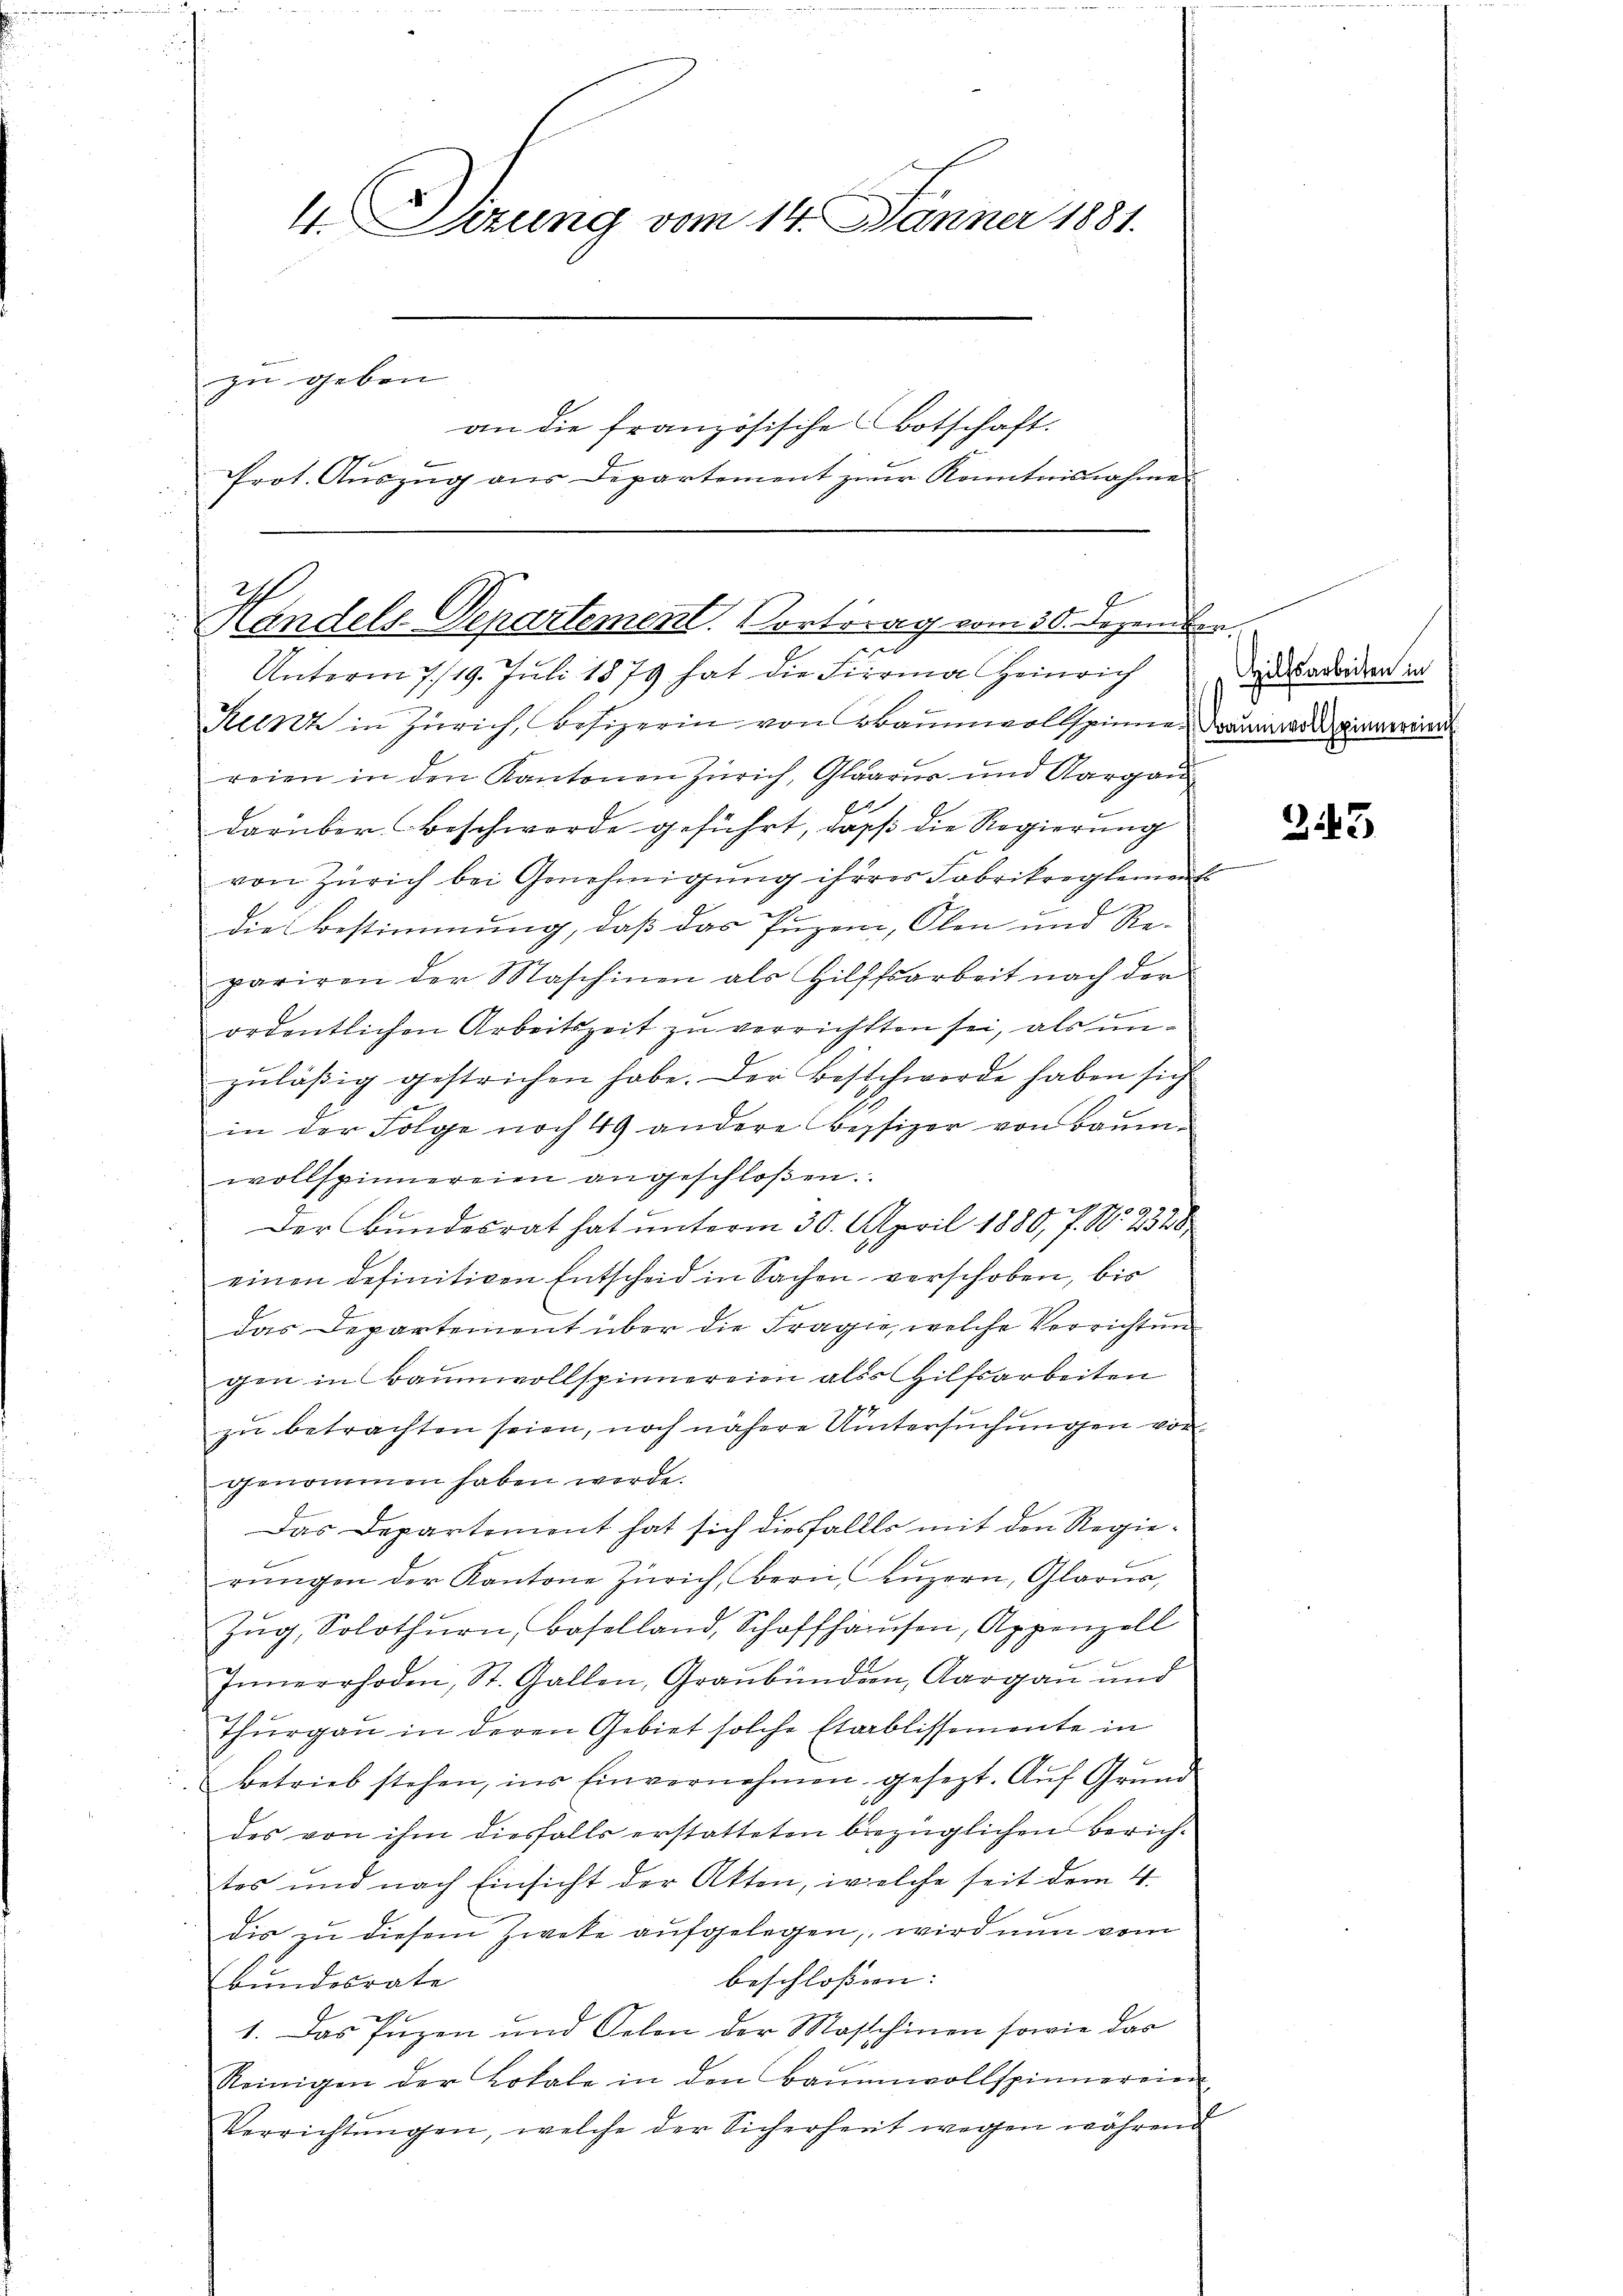
4. Sitzung vom 14. Jänner 1881.
zu geben
an die französische Botschaft.
Prot. Auszug aus Departement zur Kenntnisnahme

I
Mandels-Departement. Vortrag vom 30. Dezen
zu
Unterm 7./19. Juli 1879 hat die Firma Heinrich

Kunz in Zürich, Besizerin von Baumwollspinne Grunddienereien
reien in den Kantonen Zürich, Glarus und Aargau
darüber Beschwerde geführt, dass die Regierung
von Zürich bei Genehmigung ihreres Fabrikreglements
die Bestimmung, daß das Puzer, Olen und Re-
pariren der Maschinen als Hilfsarbeit nach der
ordentlichen Arbeitszeit zu verrichtten sei, als unzuläßig gestrichen habe. Der Beschwerde haben sich
in der Folge noch 49 andere Besizer von Baumwollspinnereien angeschloßen
Der Bundesrat hat unterm 30. April 1880, P. Nr. 2328
einen definitiven Entscheid in Sachen verschoben, bis
das Departement über die Frage, welche Verrichten
gen in Baumwollspinnereien alss Hilfsarbeiten

zŭ betrachten seien, noch nähere Untersŭchŭngen von
genommen haben werde.
Das Departement hat sich diesfalls mit den Regierŭngen der Kantone Zürich, Bern, Lŭzern, Glarus,
Zŭg, Solothurn, Baselland, Schaffhausen, Appenzell
Innerrhoden, St. Gallen, Graubünden, Aargau und
Thurgau in deren Gebiet solche Etablissemente in
Betrieb stehen, in Einvernehmen gesezt. Aŭf Grŭnd
des von ihm diesfalls erstatteten bezüglichen Zürich-
tes und nach Einsicht der Akten, welche seit dem 4.
dis zu diesem Zweke aufgelegen, wird nun vom
beschloßen:
bundesrate
1. Das Puzen und Selon der Masschinen sowie das
Reinigen der Lokale in den Baumwollspinnereien
Verrichtŭngen, welche der Sicherheit wegen während

f
Hilfsarbeiten in

243